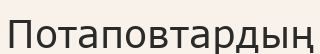
Потаповтардың